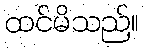
ထင်မိသည်။